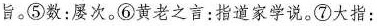
旨。⑤数：屡次。⑥黄老之言：指道家学说。⑦大指：